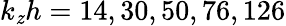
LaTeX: k_{\mathit{z}}h=14,30,50,76,126